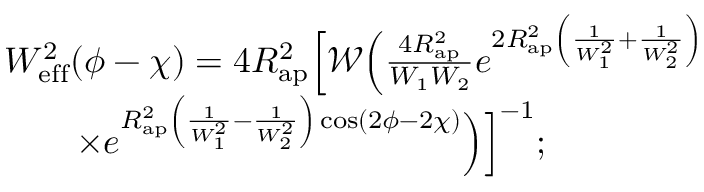
\begin{array} { r l } & { W _ { \mathrm { e f f } } ^ { 2 } ( \phi - \chi ) = 4 R _ { \mathrm { a p } } ^ { 2 } \Bigl [ \mathcal { W } \Bigl ( \frac { 4 R _ { \mathrm { a p } } ^ { 2 } } { W _ { 1 } W _ { 2 } } e ^ { 2 R _ { \mathrm { a p } } ^ { 2 } \left( \frac { 1 } { W _ { 1 } ^ { 2 } } + \frac { 1 } { W _ { 2 } ^ { 2 } } \right) } \Bigr . \Bigr . } \\ & { \qquad \times \Bigl . \Bigl . e ^ { R _ { \mathrm { a p } } ^ { 2 } \left( \frac { 1 } { W _ { 1 } ^ { 2 } } - \frac { 1 } { W _ { 2 } ^ { 2 } } \right) \cos ( 2 \phi - 2 \chi ) } \Bigr ) \Bigr ] ^ { - 1 } ; } \end{array}